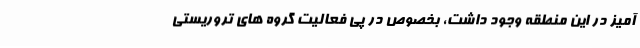
آمیز در این منطقه وجود داشت، بخصوص در پی فعالیت گروه های تروریستی